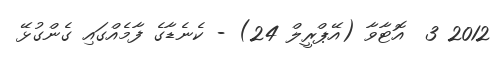
2012 3  އޮޓާވާ (އޭޕްރީލް 24) - ކެނެޑާގެ ފާމެއްގައި ގެންގުޅޭ